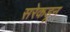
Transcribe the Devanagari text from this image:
सरेकडून